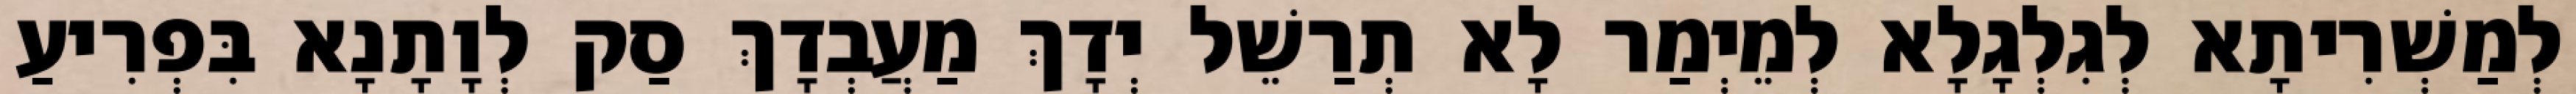
לְמַשְׁרִיתָא לְגִלְגָלָא לְמֵיְמַר לָא תְרַשֵׁל יְדָךְ מַעֲבְדָךְ סַק לְוָתָנָא בִּפְרִיעַ